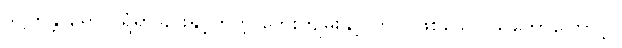
ဒိဋ္ဌိကန္တာရော၊ (ရွံရှာခြင်းနှင့်တကွ ဘေးကျမ်းနှင့် တကွဖြစ်သော သဘောကြောင့်)